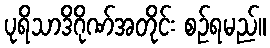
ပုရိသာဒိဂိုဏ်အတိုင်း စဉ်ရမည်။